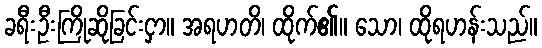
ခရီးဦးကြိုဆိုခြင်းငှာ။ အရဟတိ၊ ထိုက်၏။ သော၊ ထိုရဟန်းသည်။